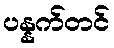
ပန္နက်တင်